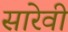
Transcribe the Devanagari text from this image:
सारेवी